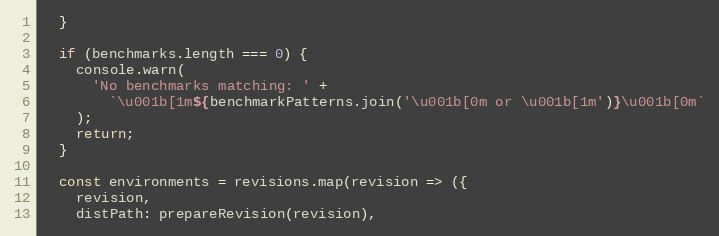
Language: JavaScript
  }

  if (benchmarks.length === 0) {
    console.warn(
      'No benchmarks matching: ' +
        `\u001b[1m${benchmarkPatterns.join('\u001b[0m or \u001b[1m')}\u001b[0m`
    );
    return;
  }

  const environments = revisions.map(revision => ({
    revision,
    distPath: prepareRevision(revision),